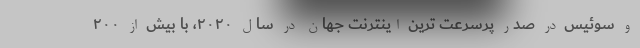
و سوئیس در صدر پرسرعت ترین اینترنت جهان در سال ۲۰۲۰، با بیش از ۲۰۰